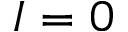
I = 0